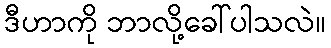
ဒီဟာကို ဘာလို့ခေါ်ပါသလဲ။